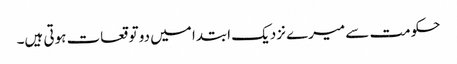
حکومت سے میرے نزدیک ابتدا میں دو توقعات ہوتی ہیں۔